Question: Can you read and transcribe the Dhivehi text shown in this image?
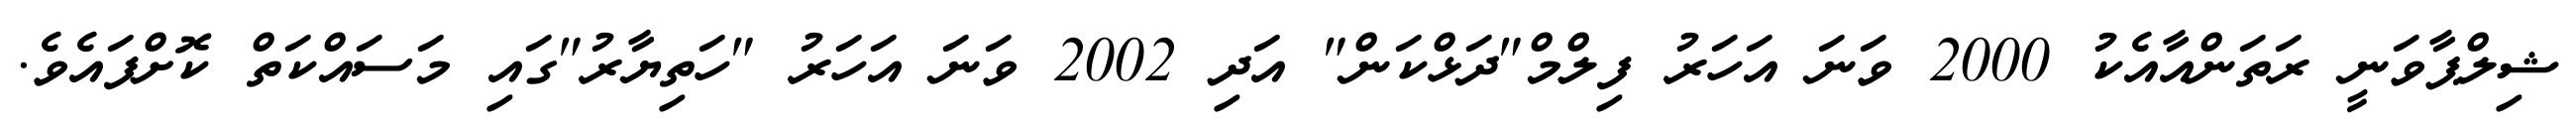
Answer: ޝިލްޕާވަނީ ރަތަންއާއެކު 2000 ވަނަ އަހަރު ފިލްމް"ދަޅްކަން" އަދި 2002 ވަނަ އަހަރު "ހަތިޔާރު"ގައި މަސައްކަތް ކޮށްފައެވެ.